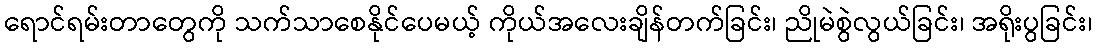
ရောင်ရမ်းတာတွေကို သက်သာစေနိုင်ပေမယ့် ကိုယ်အလေးချိန်တက်ခြင်း၊ ညိုမဲစွဲလွယ်ခြင်း၊ အရိုးပွခြင်း၊